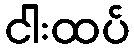
ငါးထပ်